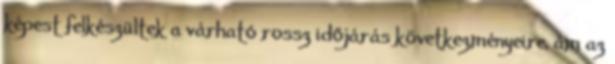
képest felkészültek a várható rossz időjárás következményeire, ám az